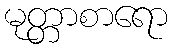
မုတ္တာစာရော